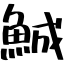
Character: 鯎